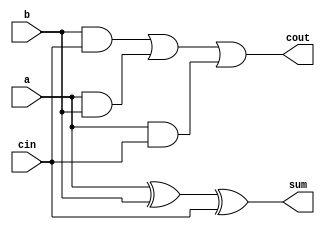
module adder(input a, b, cin,
			 output sum, cout);
	assign sum = (a ^ b) ^ cin;
	assign cout = (b & cin) | (a & b) | (a & cin);
endmodule

module n_adder #(parameter BIT_WIDTH = 32)(var_a, var_b, sum);

	input [BIT_WIDTH - 1 : 0] var_a;
	input [BIT_WIDTH - 1 : 0] var_b;
	output [BIT_WIDTH - 1 : 0] sum;

	wire [BIT_WIDTH - 1:0] carry;

	genvar i;

	generate
		for (i = 0; i < BIT_WIDTH; i = i + 1) begin: gen_n_bit_adder
			adder fa(
				var_a[i],
				var_b[i],
				i > 0 ? carry[i - 1] : 1'b0,
				sum[i],
				carry[i]
			);
		end
	endgenerate
endmodule